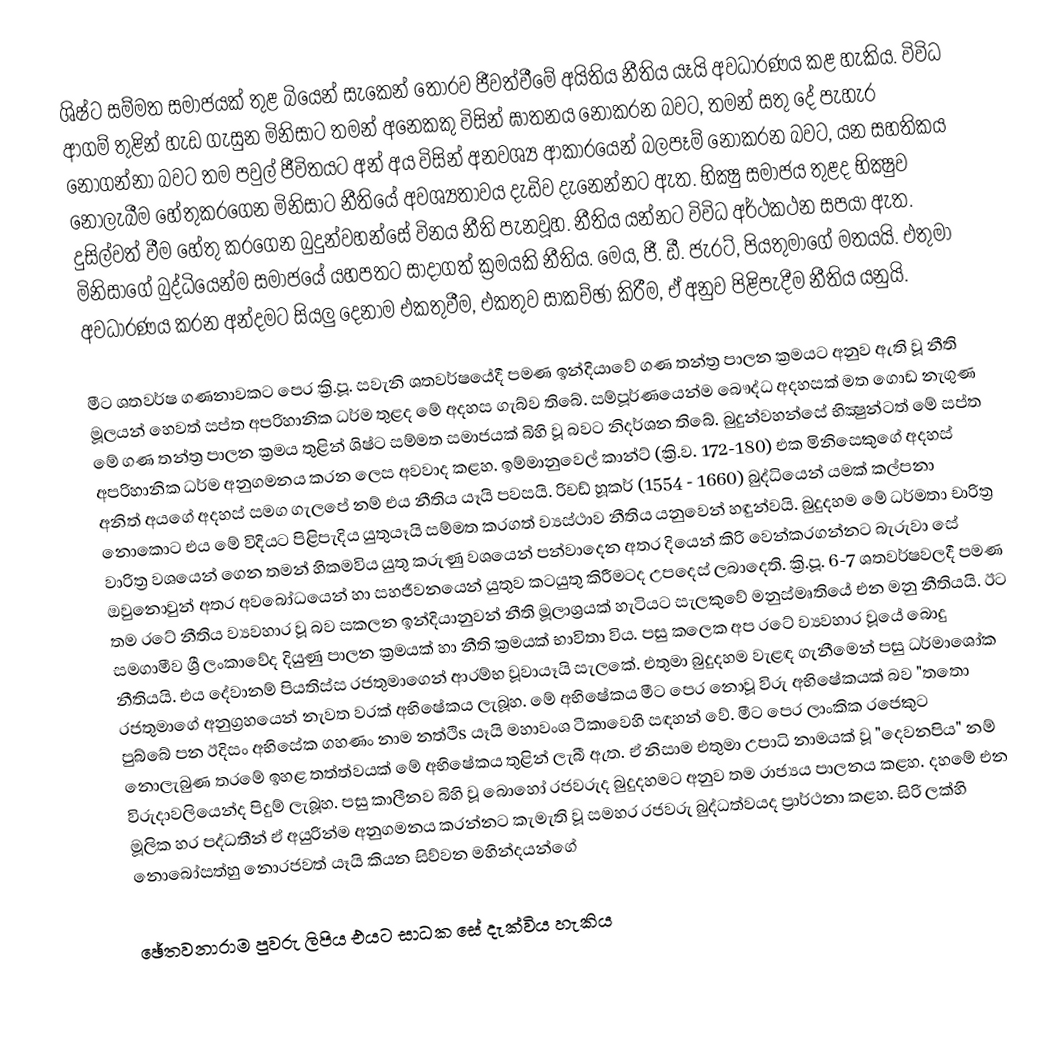
ශිෂ්ට සම්මත සමාජයක්‌ තුළ බියෙන් සැකෙන් තොරව ජීවත්වීමේ අයිතිය නීතිය යෑයි අවධාරණය කළ හැකිය. විවිධ ආගම් තුළින් හැඩ ගැසුන මිනිසාට තමන් අනෙකකු විසින් ඝාතනය නොකරන බවට, තමන් සතු දේ පැහැර නොගන්නා බවට තම පවුල් ජීවිතයට අන් අය විසින් අනවශ්‍ය ආකාරයෙන් බලපෑම් නොකරන බවට, යන සහතිකය නොලැබීම හේතුකරගෙන මිනිසාට නීතියේ අවශ්‍යතාවය දැඩිව දැනෙන්නට ඇත. භික්‍ෂු සමාජය තුළද භික්‍ෂුව දුසිල්වත් වීම හේතු කරගෙන බුදුන්වහන්සේ විනය නීති පැනවූහ. නීතිය යන්නට විවිධ අර්ථකථන සපයා ඇත. මිනිසාගේ බුද්ධියෙන්ම සමාජයේ යහපතට සාදාගත් ක්‍රමයකි නීතිය. මෙය, ජී. ඩී. ජැරට්‌, පියතුමාගේ මතයයි. එතුමා අවධාරණය කරන අන්දමට සියලු දෙනාම එකතුවීම, එකතුව සාකච්ඡා කිරීම, ඒ අනුව පිළිපැදීම නීතිය යනුයි.

මීට ශතවර්ෂ ගණනාවකට පෙර ක්‍රි.පූ. සවැනි ශතවර්ෂයේදී පමණ ඉන්දියාවේ ගණ තන්ත්‍ර පාලන ක්‍රමයට අනුව ඇති වූ නීති මූලයන් හෙවත් සප්ත අපරිහානික ධර්ම තුළද මේ අදහස ගැබ්ව තිබේ. සම්පූර්ණයෙන්ම බෞද්ධ අදහසක්‌ මත ගොඩ නැගුණ මේ ගණ තන්ත්‍ර පාලන ක්‍රමය තුළින් ශිෂ්ට සම්මත සමාජයක්‌ බිහි වූ බවට නිදර්ශන තිබේ. බුදුන්වහන්සේ භික්‍ෂුන්ටත් මේ සප්ත අපරිහානික ධර්ම අනුගමනය කරන ලෙස අවවාද කළහ. ඉම්මානුවෙල් කාන්ට්‌ (ක්‍රි.ව. 172-180) එක මිනිසෙකුගේ අදහස්‌ අනිත් අයගේ අදහස්‌ සමග ගැලපේ නම් එය නීතිය යෑයි පවසයි. රිචඩ් හූකර් (1554 - 1660) බුද්ධියෙන් යමක්‌ කල්පනා නොකොට එය මේ විදියට පිළිපැදිය යුතුයෑයි සම්මත කරගත් ව්‍යස්‌ථාව නීතිය යනුවෙන් හඳුන්වයි. බුදුදහම මේ ධර්මතා චාරිත්‍ර වාරිත්‍ර වශයෙන් ගෙන තමන් හිකමවිය යුතු කරුණු වශයෙන් පන්වාදෙන අතර දියෙන් කිරි වෙන්කරගන්නට බැරුවා සේ ඔවුනොවුන් අතර අවබෝධයෙන් හා සහජීවනයෙන් යුතුව කටයුතු කිරීමටද උපදෙස්‌ ලබාදෙති. ක්‍රි.පූ. 6-7 ශතවර්ෂවලදී පමණ තම රටේ නීතිය ව්‍යවහාර වූ බව සකලන ඉන්දියානුවන් නීති මූලාශ්‍රයක්‌ හැටියට සැලකුවේ මනුස්‌මෘතියේ එන මනු නීතියයි. ඊට සමගාමීව ශ්‍රී ලංකාවේද දියුණු පාලන ක්‍රමයක්‌ හා නීති ක්‍රමයක්‌ භාවිතා විය. පසු කලෙක අප රටේ ව්‍යවහාර වූයේ බොදු නීතියයි. එය දේවානම් පියතිස්‌ස රජතුමාගෙන් ආරම්භ වූවායෑයි සැලකේ. එතුමා බුදුදහම වැළඳ ගැනීමෙන් පසු ධර්මාශෝක රජතුමාගේ අනුග්‍රහයෙන් නැවත වරක්‌ අභිෂේකය ලැබූහ. මේ අභිෂේකය මීට පෙර නොවූ විරු අභිෂේකයක්‌ බව "තතො පුබ්බේ පන ඊදිසං අභිසේක ගහණං නාම නත්ථිs යෑයි මහාවංශ ටීකාවෙහි සඳහන් වේ. මීට පෙර ලාංකික රජෙකුට නොලැබුණ තරමේ ඉහළ තත්ත්වයක්‌ මේ අභිෂේකය තුළින් ලැබී ඇත. ඒ නිසාම එතුමා උපාධි නාමයක්‌ වූ "දෙවනපිය" නම් විරුදාවලියෙන්ද පිදුම් ලැබූහ. පසු කාලීනව බිහි වූ බොහෝ රජවරුද බුදුදහමට අනුව තම රාජ්‍යය පාලනය කළහ. දහමේ එන මූලික හර පද්ධතීන් ඒ අයුරින්ම අනුගමනය කරන්නට කැමැති වූ සමහර රජවරු බුද්ධත්වයද ප්‍රාර්ථනා කළහ. සිරි ලක්‌හි නොබෝසත්හු නොරජවත් යෑයි කියන සිව්වන මහින්දයන්ගේ

ඡේතවනාරාම පුවරු ලිපිය එයට සාධක සේ දැක්‌විය හැකිය